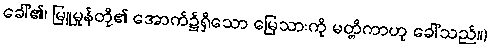
ခေါ်၏၊ မြူမှုန်တို့၏ အောက်၌ရှိသော မြေသားကို မတ္တိကာဟု ခေါ်သည်။)